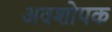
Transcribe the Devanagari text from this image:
अवशोपक